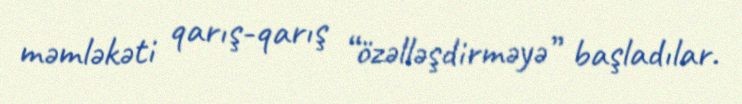
məmləkəti qarış-qarış “özəlləşdirməyə” başladılar.